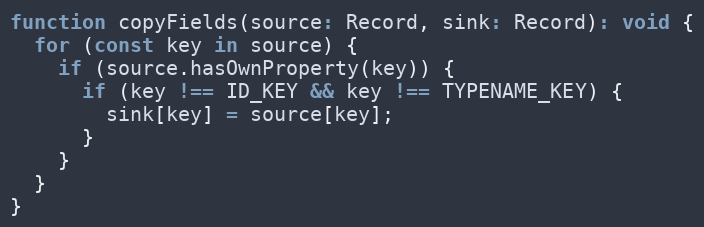
Language: JavaScript
function copyFields(source: Record, sink: Record): void {
  for (const key in source) {
    if (source.hasOwnProperty(key)) {
      if (key !== ID_KEY && key !== TYPENAME_KEY) {
        sink[key] = source[key];
      }
    }
  }
}